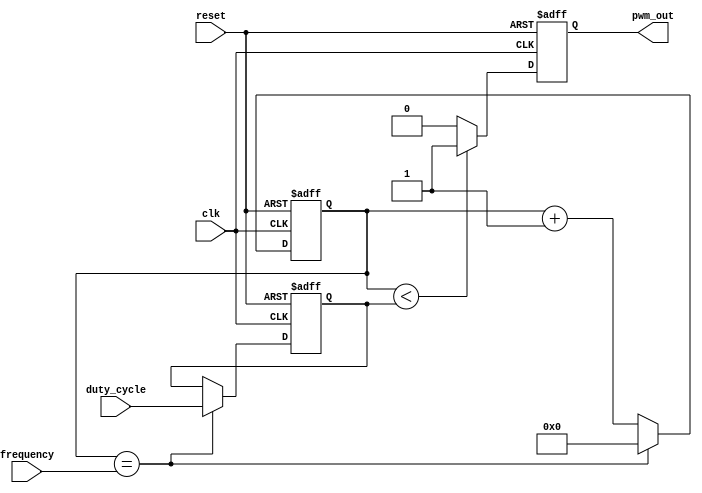
module pwm_generator (
  input wire clk,
  input wire reset,
  input wire [7:0] duty_cycle,
  input wire [15:0] frequency,
  output reg pwm_out
);

reg [15:0] count;
reg [7:0] threshold;

always @ (posedge clk or posedge reset) begin
  if (reset) begin
    count <= 16'd0;
    threshold <= 8'd0;
    pwm_out <= 1'b0;
  end else begin
    count <= count + 1;
    if (count == frequency) begin
      count <= 16'd0;
      threshold <= duty_cycle;
    end
    if (count < threshold) begin
      pwm_out <= 1'b1;
    end else begin
      pwm_out <= 1'b0;
    end
  end
end

endmodule